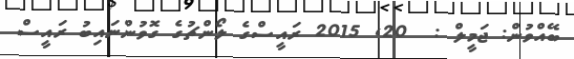
ބޭއްވުން: ޖަމީލް :  20